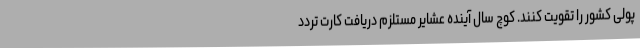
پولی کشور را تقویت کنند. کوچ سال آینده عشایر مستلزم دریافت کارت تردد